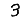
Digit: 3